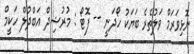
ނޮޅިވަރަމް ވަލުތެރެ ބަޔަކު ހޯދަނީ -- ފޮޓޯ : މުރުޝިދް އަބްދުލް ހަކީީމް